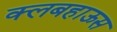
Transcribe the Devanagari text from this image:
क्लबहाऊस